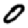
Digit: 0